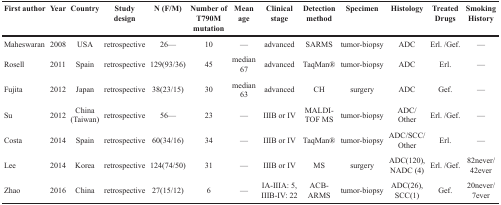
<table><thead><tr><td><b>First author</b></td><td><b>Year</b></td><td><b>Country</b></td><td><b>Study design</b></td><td><b>N (F/M)</b></td><td><b>Number of T790M mutation</b></td><td><b>Mean age</b></td><td><b>Clinical stage</b></td><td><b>Detection method</b></td><td><b>Specimen</b></td><td><b>Histology</b></td><td><b>Treated Drugs</b></td><td><b>Smoking History</b></td></tr></thead><tbody><tr><td>Maheswaran</td><td>2008</td><td>USA</td><td>retrospective</td><td>26—</td><td>10</td><td>—</td><td>advanced</td><td>SARMS</td><td>tumor-biopsy</td><td>ADC</td><td>Erl. /Gef.</td><td>—</td></tr><tr><td>Rosell</td><td>2011</td><td>Spain</td><td>retrospective</td><td>129(93/36)</td><td>45</td><td>median 67</td><td>advanced</td><td>TaqMan®</td><td>tumor-biopsy</td><td>ADC</td><td>Erl.</td><td>—</td></tr><tr><td>Fujita</td><td>2012</td><td>Japan</td><td>retrospective</td><td>38(23/15)</td><td>30</td><td>median 63</td><td>advanced</td><td>CH</td><td>surgery</td><td>ADC</td><td>Gef.</td><td>—</td></tr><tr><td>Su</td><td>2012</td><td>China (Taiwan)</td><td>retrospective</td><td>56—</td><td>23</td><td>—</td><td>IIIB or IV</td><td>MALDI-TOF MS</td><td>tumor-biopsy</td><td>ADC/ Other</td><td>Erl. /Gef.</td><td>—</td></tr><tr><td>Costa</td><td>2014</td><td>Spain</td><td>retrospective</td><td>60(34/16)</td><td>34</td><td>—</td><td>IIIB or IV</td><td>TaqMan®</td><td>tumor-biopsy</td><td>ADC/SCC/ Other</td><td>Erl.</td><td>—</td></tr><tr><td>Lee</td><td>2014</td><td>Korea</td><td>retrospective</td><td>124(74/50)</td><td>31</td><td>—</td><td>IIIB or IV</td><td>MS</td><td>surgery</td><td>ADC(120), NADC (4)</td><td>Erl. /Gef.</td><td>82never/ 42ever</td></tr><tr><td>Zhao</td><td>2016</td><td>China</td><td>retrospective</td><td>27(15/12)</td><td>6</td><td>—</td><td>IA-IIIA: 5, IIIB-IV: 22</td><td>ACB-ARMS</td><td>tumor-biopsy</td><td>ADC(26), SCC(1)</td><td>Gef.</td><td>20never/ 7ever</td></tr></tbody></table>